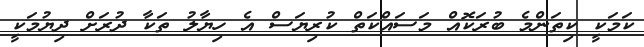
ކަމަކީ ކިތަންމެ ބުރަކޮއް މަސައްކަތް ކުރިޔަސް އެ ހިޔާލު ތަކާ ދުރަށް ދިޔުމަކީ